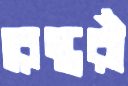
রেস্তরাঁ